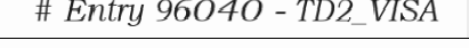
# Entry 96040 - TD2_VISA